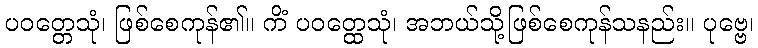
ပဝတ္တေသုံ၊ ဖြစ်စေကုန်၏။ ကိံ ပဝတ္ထေသုံ၊ အဘယ်သို့ဖြစ်စေကုန်သနည်း။ ပုဗ္ဗေ၊